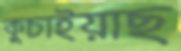
কুচাইয়াছ